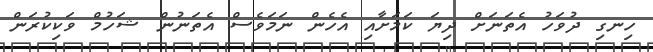
ހިނގި ދުވަހު އެތަނަށް ދިޔަ ކަމަށާއި އެހެން ނަމަވެސް އެތަނުން ޝަހުމް ވަކިކުރަން